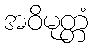
အဝိမုတ္တံ